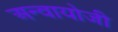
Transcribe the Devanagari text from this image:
अन्वायोजी